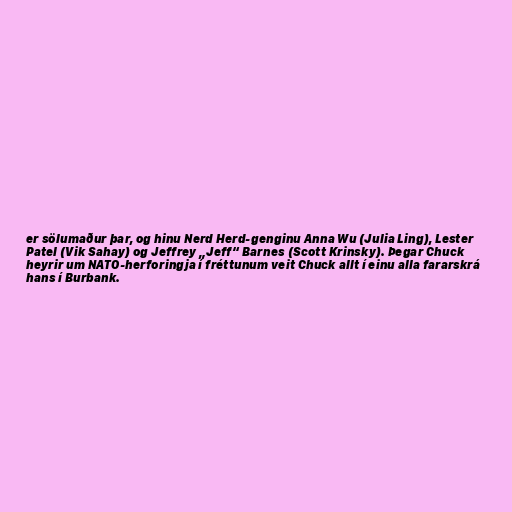
er sölumaður þar, og hinu Nerd Herd-genginu Anna Wu (Julia Ling), Lester
Patel (Vik Sahay) og Jeffrey „Jeff“ Barnes (Scott Krinsky). Þegar Chuck
heyrir um NATO-herforingja í fréttunum veit Chuck allt í einu alla fararskrá
hans í Burbank.